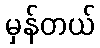
မှန်တယ်